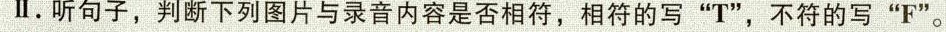
。听句子，判断下列图片与录音内容是否相符，相符的写”T”，不符的写”F”。mr